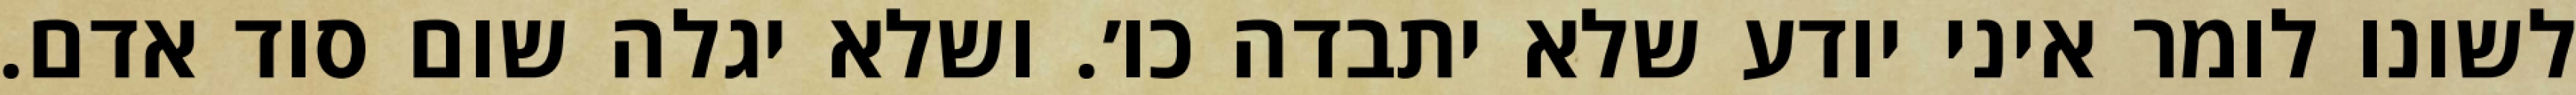
לשונו לומר איני יודע שלא יתבדה כו׳. ושלא יגלה שום סוד אדם.